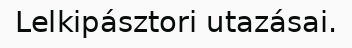
Lelkipásztori utazásai.